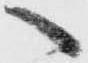
へ